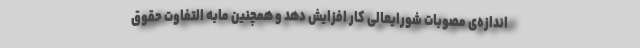
اندازه‌ی مصوبات شورایعالی کار افزایش دهد و همچنین مابه التفاوت حقوق